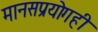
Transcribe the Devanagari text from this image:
मानसप्रयोगही